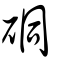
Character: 硐